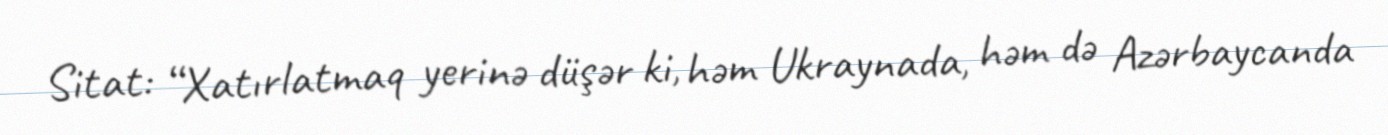
Sitat: “Xatırlatmaq yerinə düşər ki, həm Ukraynada, həm də Azərbaycanda